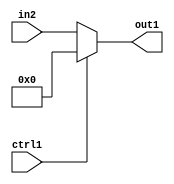
`timescale 1ps / 1ps
/*****************************************************************************
    Verilog RTL Description
    
    
    Created by: Stratus DpOpt 2019.1.01 
*******************************************************************************/

module pw_feature_addr_gen_Muxi0u8u1_4 (
	in2,
	ctrl1,
	out1
	); /* architecture "behavioural" */ 
input [7:0] in2;
input  ctrl1;
output [7:0] out1;
wire [7:0] asc001;

reg [7:0] asc001_tmp_0;
assign asc001 = asc001_tmp_0;
always @ (ctrl1 or in2) begin
	case (ctrl1)
		1'B1 : asc001_tmp_0 = 8'B00000000 ;
		default : asc001_tmp_0 = in2 ;
	endcase
end

assign out1 = asc001;
endmodule

/* CADENCE  uLT1TAw= : u9/ySgnWtBlWxVPRXgAZ4Og= ** DO NOT EDIT THIS LINE ******/